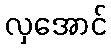
လှအောင်